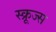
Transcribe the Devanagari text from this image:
स्क्रूज्स